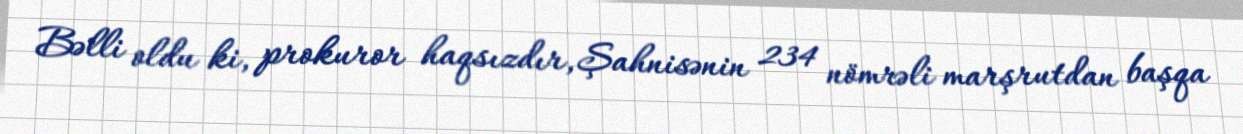
Bəlli oldu ki, prokuror haqsızdır, Şahnisənin 234 nömrəli marşrutdan başqa